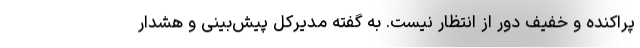
پراکنده و خفیف دور از انتظار نیست. به گفته مدیرکل پیش‌بینی و هشدار